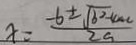
x = \frac { - 6 \pm \sqrt { b ^ { 2 } - 4 a c } } { 2 a }